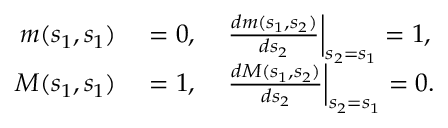
\begin{array} { r l } { m ( s _ { 1 } , s _ { 1 } ) } & { { } = 0 , \quad \left. { \frac { d m ( s _ { 1 } , s _ { 2 } ) } { d s _ { 2 } } } \right| _ { s _ { 2 } = s _ { 1 } } = 1 , } \\ { M ( s _ { 1 } , s _ { 1 } ) } & { { } = 1 , \quad \left. { \frac { d M ( s _ { 1 } , s _ { 2 } ) } { d s _ { 2 } } } \right| _ { s _ { 2 } = s _ { 1 } } = 0 . } \end{array}